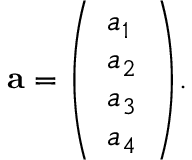
\mathbf { a } = { \left( \begin{array} { l } { a _ { 1 } } \\ { a _ { 2 } } \\ { a _ { 3 } } \\ { a _ { 4 } } \end{array} \right) } .